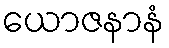
ယောဇနာနံ